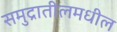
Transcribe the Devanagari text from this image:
समुद्रातीलमधील